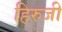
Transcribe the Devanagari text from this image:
हिरुजी